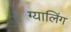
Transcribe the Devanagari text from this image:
ग्यालिंग